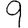
Digit: 9